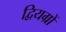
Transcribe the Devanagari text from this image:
द्वियग्रों